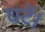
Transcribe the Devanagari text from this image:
घटें।